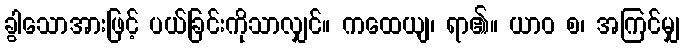
ခွါသောအားဖြင့် ပယ်ခြင်းကိုသာလျှင်။ ကထေယျ၊ ရာ၏။ ယာဝ စ၊ အကြင်မျှ